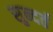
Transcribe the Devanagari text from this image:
सुन्दर्त